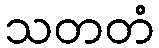
သတတံ